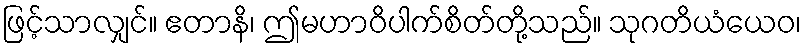
ဖြင့်သာလျှင်။ ဧတာနိ၊ ဤမဟာဝိပါက်စိတ်တို့သည်။ သုဂတိယံယေဝ၊